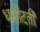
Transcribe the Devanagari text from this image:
धसीटती